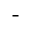
-